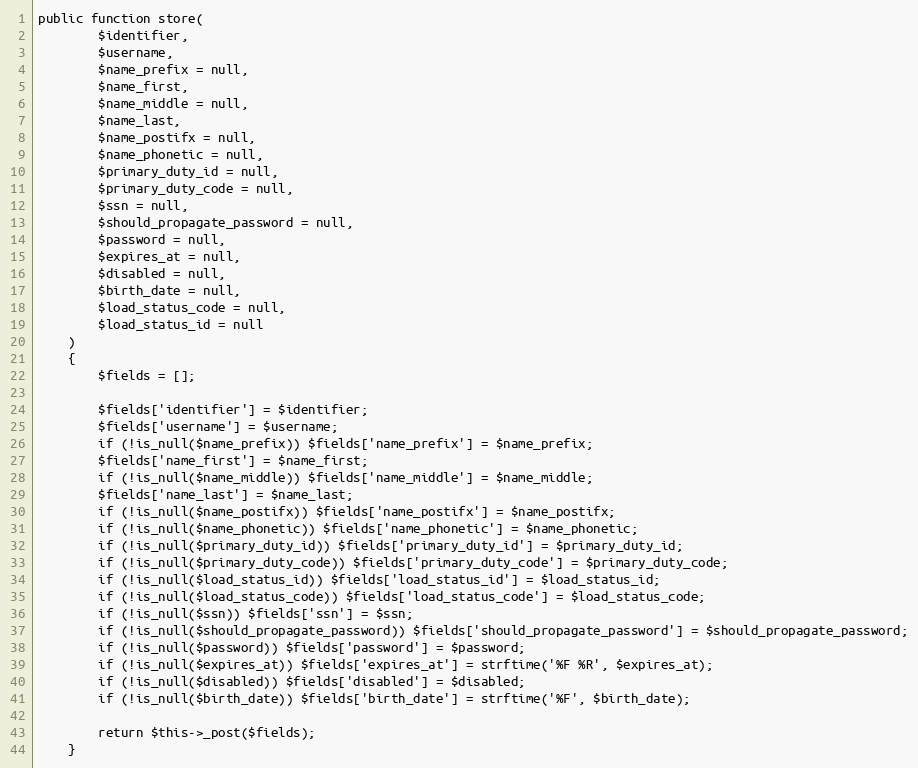
Language: PHP
public function store(
        $identifier,
        $username,
        $name_prefix = null,
        $name_first,
        $name_middle = null,
        $name_last,
        $name_postifx = null,
        $name_phonetic = null,
        $primary_duty_id = null,
        $primary_duty_code = null,
        $ssn = null,
        $should_propagate_password = null,
        $password = null,
        $expires_at = null,
        $disabled = null,
        $birth_date = null,
        $load_status_code = null,
        $load_status_id = null
    )
    {
        $fields = [];

        $fields['identifier'] = $identifier;
        $fields['username'] = $username;
        if (!is_null($name_prefix)) $fields['name_prefix'] = $name_prefix;
        $fields['name_first'] = $name_first;
        if (!is_null($name_middle)) $fields['name_middle'] = $name_middle;
        $fields['name_last'] = $name_last;
        if (!is_null($name_postifx)) $fields['name_postifx'] = $name_postifx;
        if (!is_null($name_phonetic)) $fields['name_phonetic'] = $name_phonetic;
        if (!is_null($primary_duty_id)) $fields['primary_duty_id'] = $primary_duty_id;
        if (!is_null($primary_duty_code)) $fields['primary_duty_code'] = $primary_duty_code;
        if (!is_null($load_status_id)) $fields['load_status_id'] = $load_status_id;
        if (!is_null($load_status_code)) $fields['load_status_code'] = $load_status_code;
        if (!is_null($ssn)) $fields['ssn'] = $ssn;
        if (!is_null($should_propagate_password)) $fields['should_propagate_password'] = $should_propagate_password;
        if (!is_null($password)) $fields['password'] = $password;
        if (!is_null($expires_at)) $fields['expires_at'] = strftime('%F %R', $expires_at);
        if (!is_null($disabled)) $fields['disabled'] = $disabled;
        if (!is_null($birth_date)) $fields['birth_date'] = strftime('%F', $birth_date);

        return $this->_post($fields);
    }